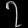
Digit: ၇